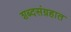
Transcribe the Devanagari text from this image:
शब्दसंग्रहात